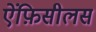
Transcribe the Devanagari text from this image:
ऐंफ़िसीलस